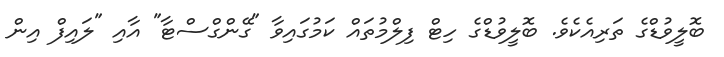
ބޮލީވުޑްގެ ތަރިއެކެވެ. ބޮލީވުޑްގެ ހިޓް ފިލްމުތައް ކަމުގައިވާ "ގޭންގްސްޓާ" އާއި "ލައިފް އިން